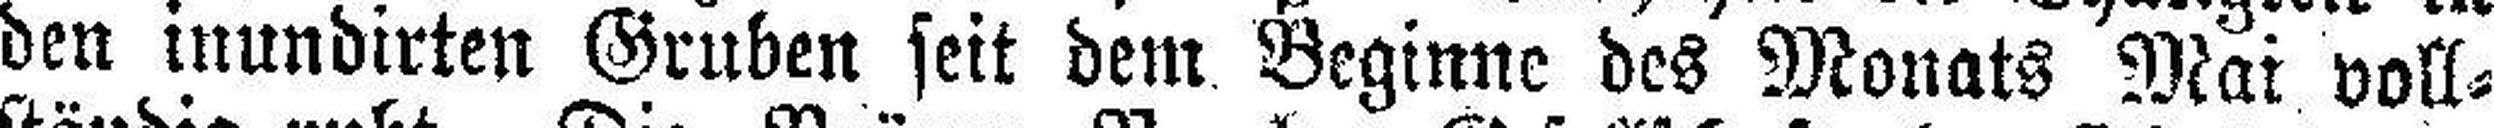
den inundirten Gruben seit dem Beginne des Monats Mai voll¬